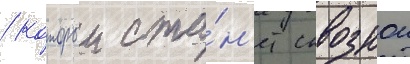
/ которыи ста́н'ет сквознои